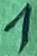
Text: 1